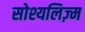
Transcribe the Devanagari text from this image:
सोश्यलिज़्म